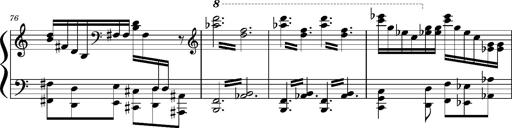
Title: Concerto sans orchestre, S.524a
Composer: Franz Liszt
Key: A major